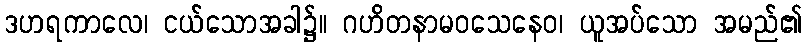
ဒဟရကာလေ၊ ငယ်သောအခါ၌။ ဂဟိတနာမဝသေနေဝ၊ ယူအပ်သော အမည်၏